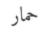
حمار